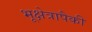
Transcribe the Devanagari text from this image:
भूक्षेत्रापैकी